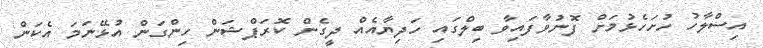
އިސްލާހު ހުށަހެޅުމަށް ފޮނުވާފައިވާ ބިލްގައި ހަދިޔާއެއް ދީގެން ކޮރަޕްޝަން ހިންގަން އުޅޭނަމަ އެކަން